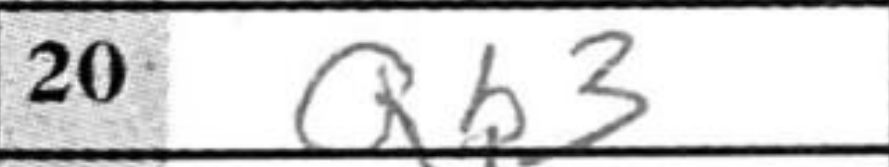
Transcription: Qb3